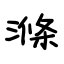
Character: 滌